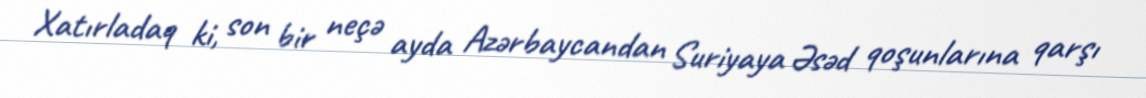
Xatırladaq ki, son bir neçə ayda Azərbaycandan Suriyaya Əsəd qoşunlarına qarşı